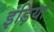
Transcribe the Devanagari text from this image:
इंड़िया